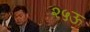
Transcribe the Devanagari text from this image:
२५ऊ